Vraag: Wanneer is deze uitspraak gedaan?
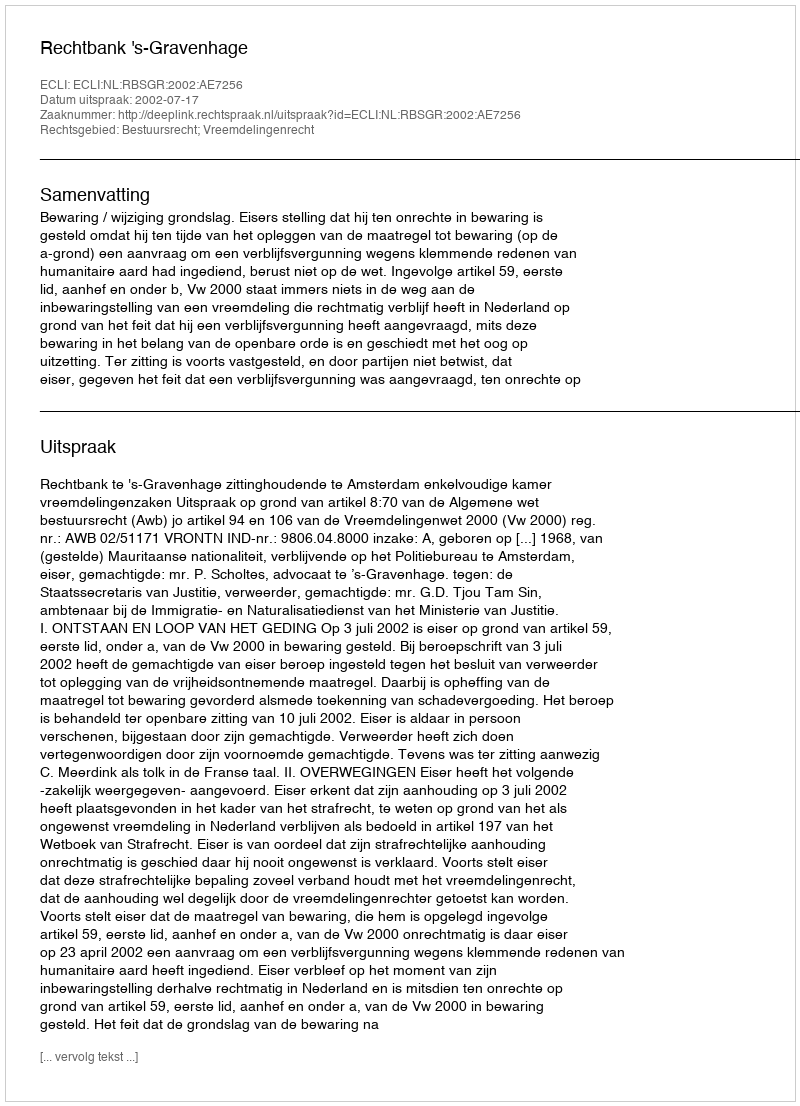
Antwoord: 2002-07-17